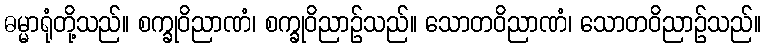
ဓမ္မာရုံတို့သည်။ စက္ခုဝိညာဏံ၊ စက္ခုဝိညာဉ်သည်။ သောတဝိညာဏံ၊ သောတဝိညာဉ်သည်။